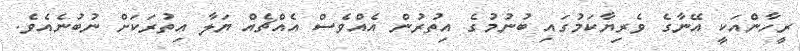
ރީހާންއަކީ އޭނާގެ ވެރިޔާކަމުގައި ބުނުމުގެ އިތުރުން އެއްވެސް އެއްޗެއް ޔަލާ އިތުރަކަށް ނުބުނެއެވެ.